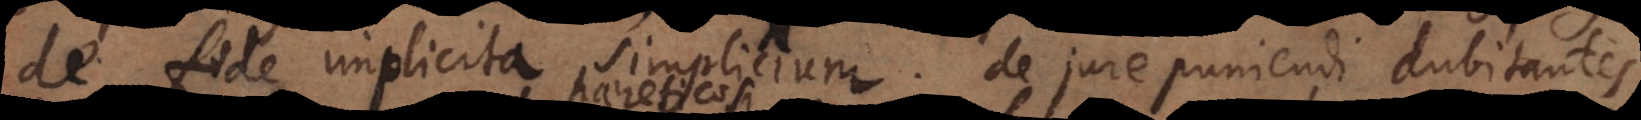
de fide implicita simplicium; de jure puniendi dubitantes